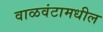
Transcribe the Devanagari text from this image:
वाळवंटामधील